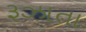
રૂઝાતા